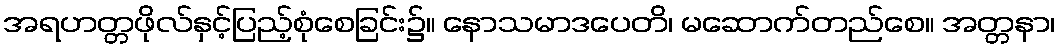
အရဟတ္တဖိုလ်နှင့်ပြည့်စုံစေခြင်း၌။ နောသမာဒပေတိ၊ မဆောက်တည်စေ။ အတ္တနာ၊